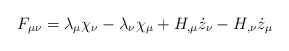
\begin{align*}F_{\mu\nu} = \lambda_{\mu} \chi_{\nu} - \lambda_{\nu} \chi_{\mu}+ H_{,\mu} \dot{z}_{\nu} - H_{,\nu} \dot{z}_{\mu}\end{align*}